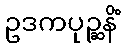
ဥဒကပုဉ္ဆနိံ